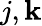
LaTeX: j,\mathbf{k}